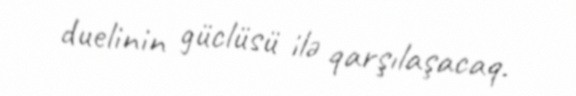
duelinin güclüsü ilə qarşılaşacaq.